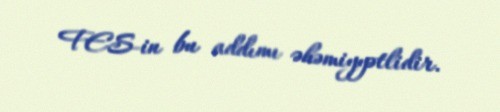
FES-in bu addımı əhəmiyyətlidir.